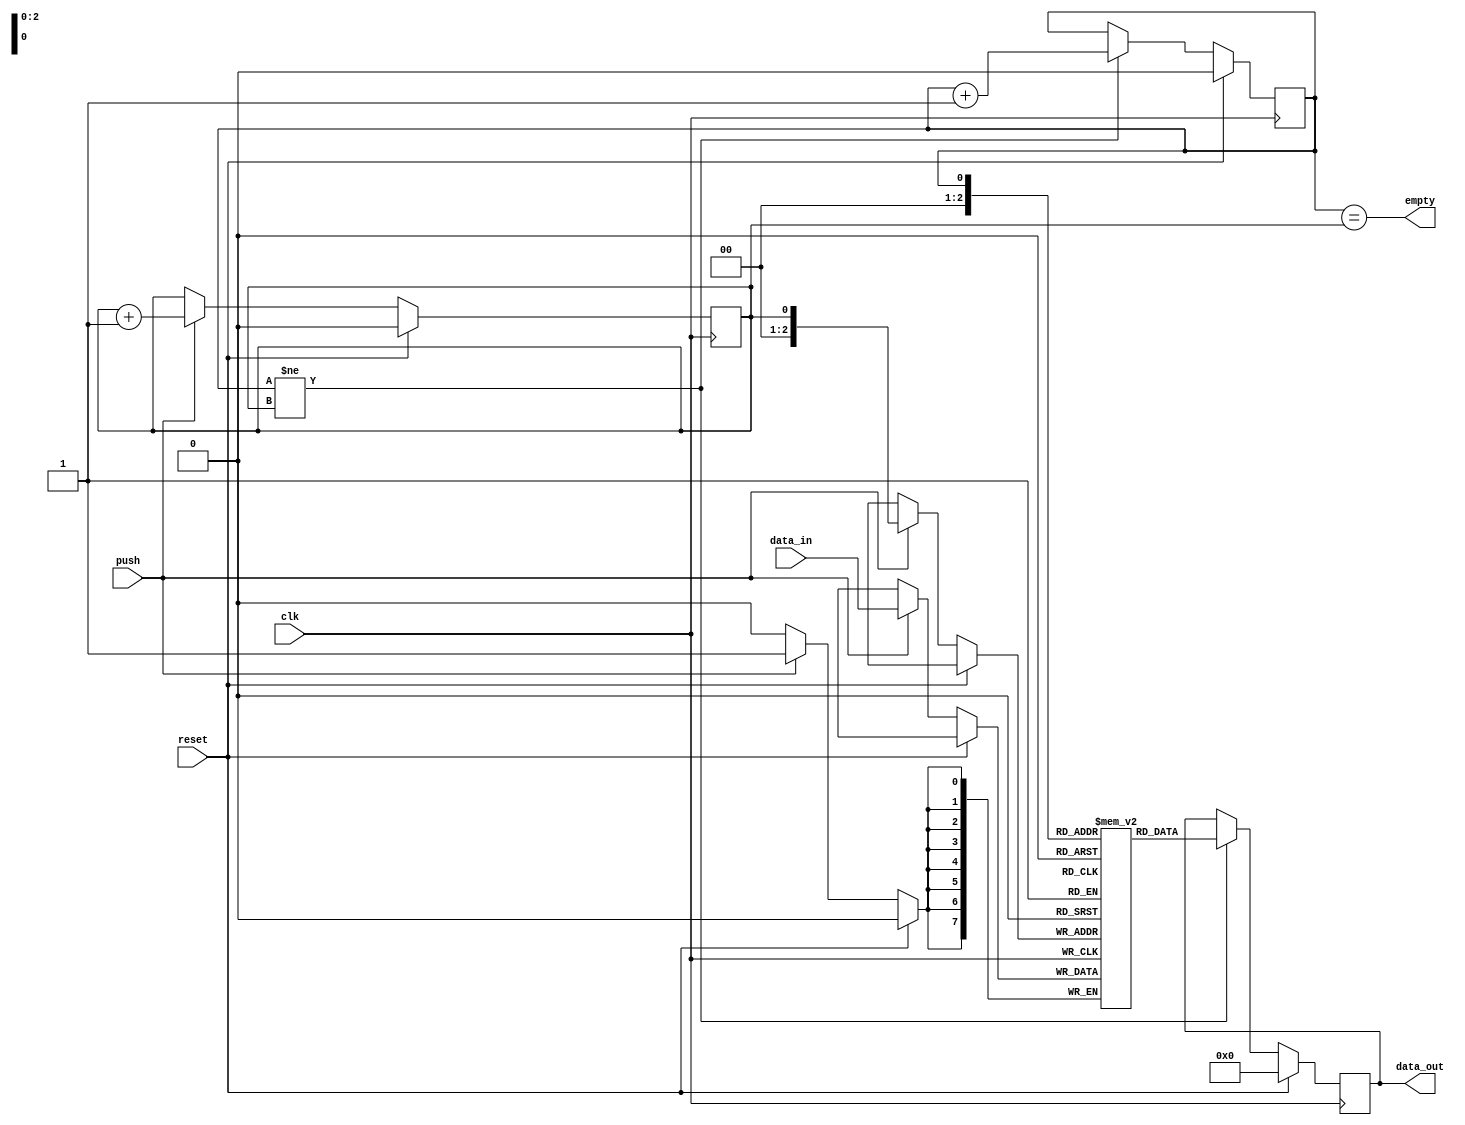
module lifo (
    input wire clk,
    input wire reset,
    input wire [7:0] data_in,
    input wire push,
    output reg [7:0] data_out,
    output wire empty
);

reg [7:0] memory [0:7];
reg head = 0;
reg tail = 0;

always @(posedge clk) begin
    if (reset) begin
        head <= 0;
        tail <= 0;
        data_out <= 8'd0;
    end else begin
        if (push) begin
            memory[tail] <= data_in;
            tail <= tail + 1;
        end
        if (head != tail) begin
            data_out <= memory[head];
            head <= head + 1;
        end
    end
end

assign empty = (head == tail);

endmodule